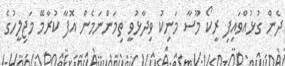
ދެން ގުޅުއްވައިފި ރީކޯ މޫސާ މަނިކު ވިދާޅުވީ ތިމަންނަމެން އޮފާ ކުރާމޭ މަޖިލީހުގެ